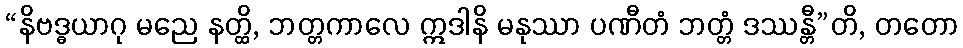
“နိဗဒ္ဓယာဂု မညေ နတ္ထိ, ဘတ္တကာလေ ဣဒါနိ မနုဿာ ပဏီတံ ဘတ္တံ ဒဿန္တီ”တိ, တတော